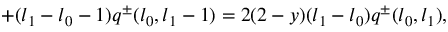
+ ( l _ { 1 } - l _ { 0 } - 1 ) q ^ { \pm } ( l _ { 0 } , l _ { 1 } - 1 ) = 2 ( 2 - y ) ( l _ { 1 } - l _ { 0 } ) q ^ { \pm } ( l _ { 0 } , l _ { 1 } ) ,